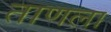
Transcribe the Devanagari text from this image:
ताणला